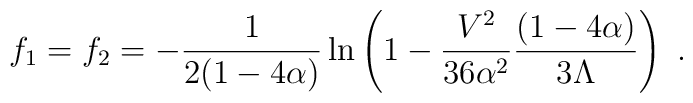
f_1=f_2=-\frac{1}{2(1-4\alpha)}\ln\left(1-\frac{V^2}{36\alpha^2}\frac{(1-4\alpha)}{3\Lambda}\right)~.